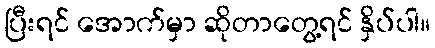
ပြီးရင် အောက်မှာ ဆိုတာတွေ့ရင် နှိပ်ပါ။